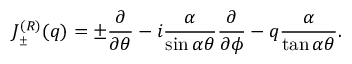
J _ { _ { \pm } } ^ { ( R ) } ( q ) = \pm \frac { \partial } { \partial \theta } - i \frac { \alpha } { \sin \alpha \theta } \frac { \partial } { \partial \phi } - q \frac { \alpha } { \tan \alpha \theta } .